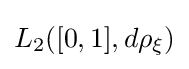
L_{2}([0,1],d\rho _{\xi })